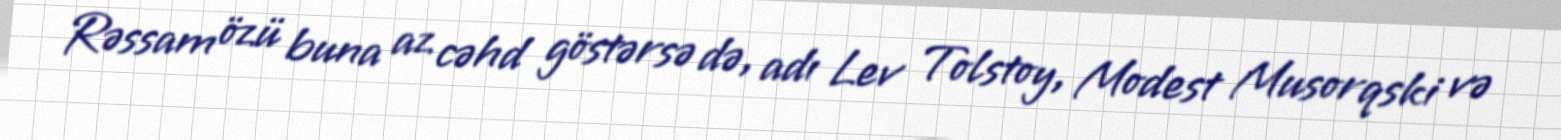
Rəssam özü buna az cəhd göstərsə də, adı Lev Tolstoy, Modest Musorqski və